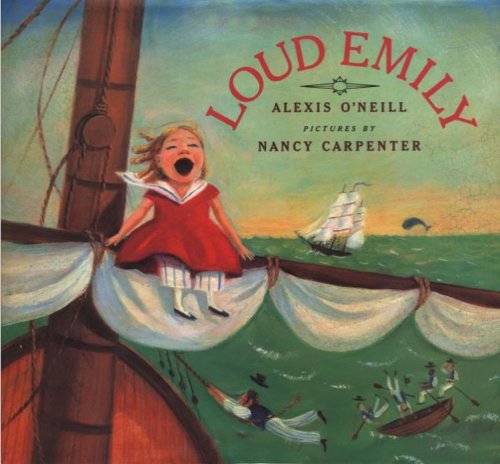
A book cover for Loud Emily; Alexis O'Neill; Children's Books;